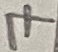
Text: 7